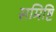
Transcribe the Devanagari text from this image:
समिष्टि